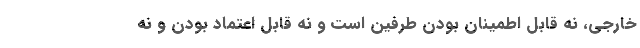
خارجی، نه قابل اطمینان بودنِ طرفین است و نه قابل اعتماد بودن و نه